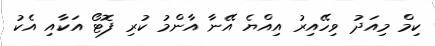
ކިމް މިއަދު ވިހޭއިރު އިއްޔެ އޭނާ އާންމު ކުރި ފޮޓޯ އަކާއި އެކު